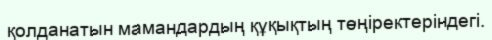
қолданатын мамандардың құқықтың төңiректерiндегi.